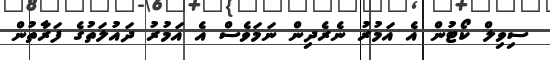
ސިވިލް ކޯޓުން އެ އަމުރު ނެރެދިން ނަމަވެސް އެ އަމުރު ދައުލަތުގެ ފަރާތުން